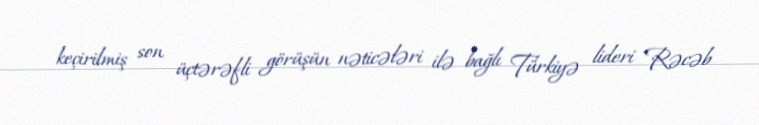
keçirilmiş son üçtərəfli görüşün nəticələri ilə bağlı Türkiyə lideri Rəcəb